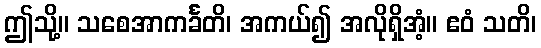
ဤသို့။ သစေအာကင်္ခတိ၊ အကယ်၍ အလိုရှိအံ့။ ဧဝံ သတိ၊